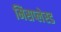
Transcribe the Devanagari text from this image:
मिसप्लेस्ड